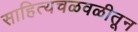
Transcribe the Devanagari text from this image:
साहित्यचळवळीतून